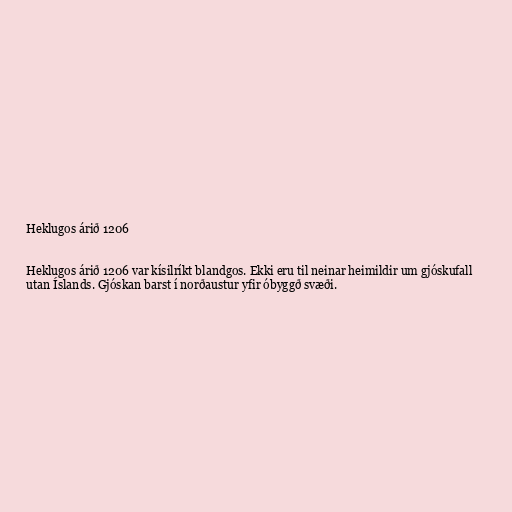
Heklugos árið 1206

Heklugos árið 1206 var kísilríkt blandgos. Ekki eru til neinar heimildir um gjóskufall
utan Íslands. Gjóskan barst í norðaustur yfir óbyggð svæði.